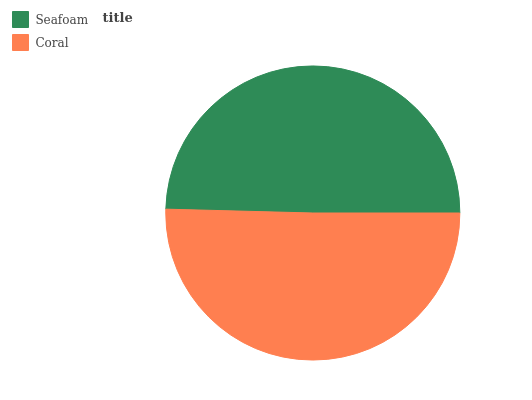
| Seafoam | Coral |
 | --- | --- |
 | 49.6% | 50.4% |